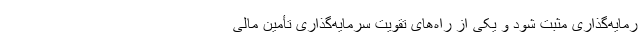
رمایه‌گذاری مثبت شود و یکی از راه‌های تقویت سرمایه‌گذاری تأمین مالی